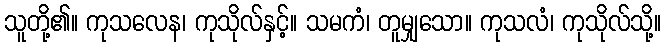
သူတို့၏။ ကုသလေန၊ ကုသိုလ်နှင့်။ သမကံ၊ တူမျှသော။ ကုသလံ၊ ကုသိုလ်သို့။